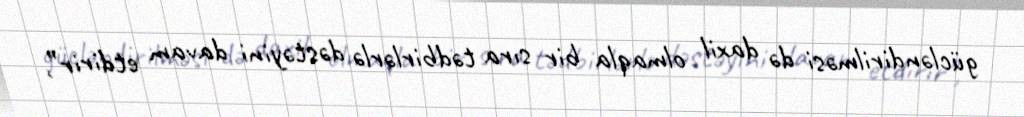
gücləndirilməsi də daxil olmaqla bir sıra tədbirlərlə dəstəyini davam etdirir”,